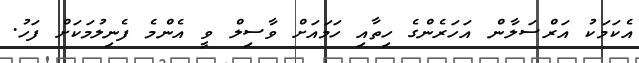
އެކަމަކު އަރްސަލާން އަހަރެންގެ ހިތާއި ހަމައަށް ވާސިލް ވީ އެންމެ ފެނިލުމަކަށް ފަހު.